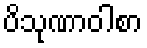
ပိသုဏာဝါစာ